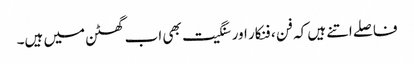
فاصلے اتنے ہیں کہ فن ، فنکار اور سنگیت بھی اب گھٹن میں ہیں۔